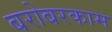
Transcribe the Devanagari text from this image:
बरोबरकाम